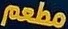
مطعم